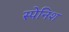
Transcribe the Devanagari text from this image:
स्‍पेनिश्‍ा